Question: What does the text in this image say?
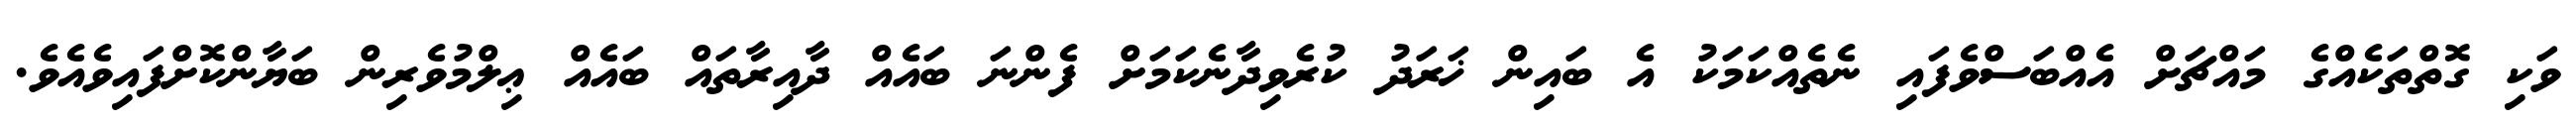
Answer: ވަކި ގޮތްތަކެއްގެ މައްޗަށް އެއްބަސްވެފައި ނެތެއްކަމަކު އެ ބައިން ޚަރަދު ކުރެވިދާނެކަމަށް ފެންނަ ބައެއް ދާއިރާތައް ބައެއް ޢިލްމުވެރިން ބަޔާންކޮށްފައިވެއެވެ.